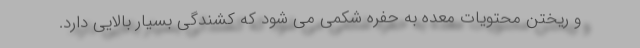
و ریختن محتویات معده به حفره شکمی می شود که کشندگی بسیار بالایی دارد.